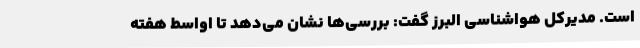
است. مدیرکل هواشناسی البرز گفت: بررسی‌ها نشان می‌دهد تا اواسط هفته